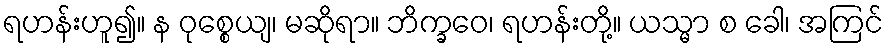
ရဟန်းဟူ၍။ န ဝုစ္စေယျ၊ မဆိုရာ။ ဘိက္ခဝေ၊ ရဟန်းတို့။ ယသ္မာ စ ခေါ၊ အကြင်